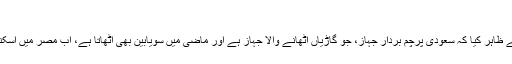
”
ریفی نٹِو ایکون شپنگ ڈیٹا نے ظاہر کیا کہ سعودی پرچم بردار جہاز، جو گاڑیاں اٹھانے والا جہاز ہے اور ماضی میں سویابین بھی اٹھاتا ہے، اب مصر میں اسکندریہ کی جانب محوِ سفر تھا۔